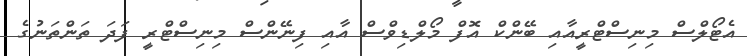
އެޓޯލްސް މިނިސްޓްރީއާއި ބޭންކް އޮފް މޯލްޑިވްސް އާއި ފިނޭންސް މިނިސްޓްރީ ފަދަ ތަންތަނުގެ